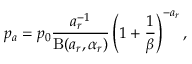
p _ { a } = p _ { 0 } \frac { a _ { r } ^ { - 1 } } { \mathrm { B } ( a _ { r } , \alpha _ { r } ) } \left( 1 + \frac { 1 } { \beta } \right) ^ { - a _ { r } } ,